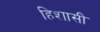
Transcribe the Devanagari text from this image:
हिशासी